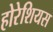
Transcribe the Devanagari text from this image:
होरेशियस